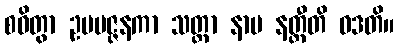
စဝိတွာ ဥပပဇ္ဇနကာ သတ္တာ နာမ နတ္ထီတိ ဝဒတိ။